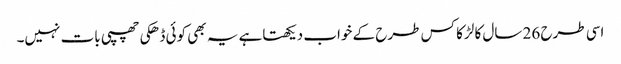
اسی طرح 26 سال کا لڑکا کس طرح کے خواب دیکھتاہے یہ بھی کوئی ڈھکی چھپی بات نہیں۔